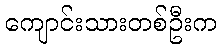
ကျောင်းသားတစ်ဦးက